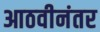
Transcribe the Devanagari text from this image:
आठवीनंतर